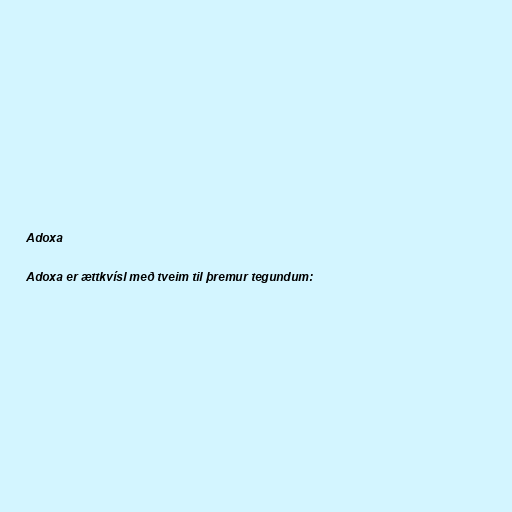
Adoxa

Adoxa er ættkvísl með tveim til þremur tegundum: